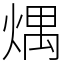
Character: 㷒